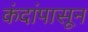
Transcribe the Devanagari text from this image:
कंदांपासून